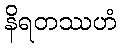
နိရတဿဟံ